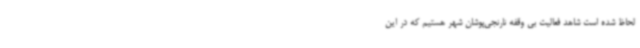
لحاظ شده‌ است شاهد فعالیت بی وقفه نارنجی‌پوشان شهر هستیم که در این